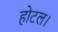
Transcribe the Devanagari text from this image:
होटल।